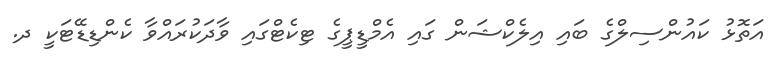
އަތޮޅު ކައުންސިލްގެ ބައި އިލެކްޝަން ގައި އެމްޑީޕީގެ ޓިކެޓްގައި ވާދަކުރައްވާ ކެންޑިޑޭޓަކީ ދ.